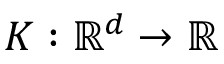
K : \mathbb R ^ { d } \to \mathbb R